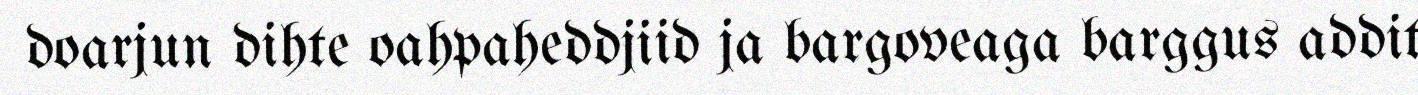
doarjun dihte oahpaheddjiid ja bargoveaga barggus addit